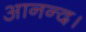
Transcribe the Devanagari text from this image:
आनन्द।